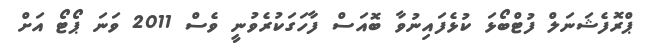
ޕްރޮފެޝަނަލް ފުޓްބޯޅަ ކުޅެފައިނުވާ ބޮއަސް ފާހަގަކުރެވުނީ ވެސް 2011 ވަނަ ޕޯޓޯ އަށް